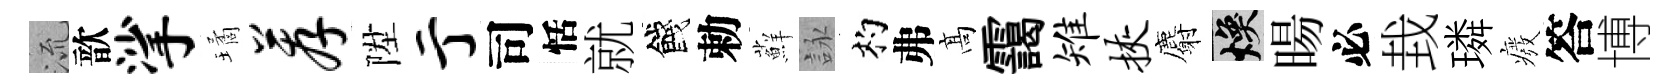
𣴑歆挲璚荐陞亍司恬就餞勅蘚詠杓弗髙靄雉挟麝焕暘必㘽璘癈答博